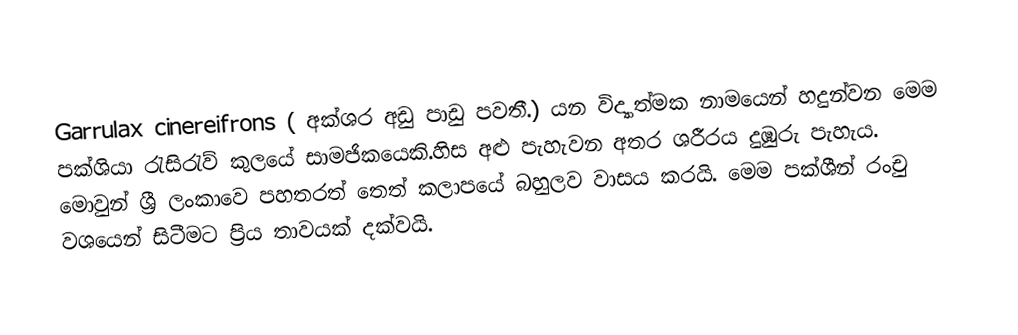
Garrulax cinereifrons ( අක්ශර අඩු පාඩු පවතී.)  යන විද්‍යාත්මක නාමයෙන් හදුන්වන මෙම පක්ශියා රැසිරැව් කුලයේ සාමජිකයෙකි.හිස අළු පැහැවන අතර ශරීරය දුඹුරු පැහැය. මොවුන් ශ්‍රී ලංකාවෙ  පහතරත් තෙත් කලාපයේ බහුලව වාසය කරයි. මෙම පක්ශීන් රංචු වශයෙන් සිටීමට ප්‍රිය තාවයක් දක්වයි.